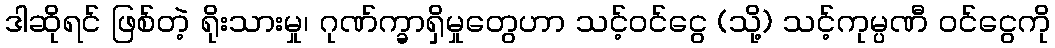
ဒါဆိုရင် ဖြစ်တဲ့ ရိုးသားမှု၊ ဂုဏ်က္ခာရှိမှုတွေဟာ သင့်ဝင်ငွေ (သို့) သင့်ကုမ္ပဏီ ဝင်ငွေကို